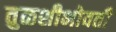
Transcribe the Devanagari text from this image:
तुळशीभोवती